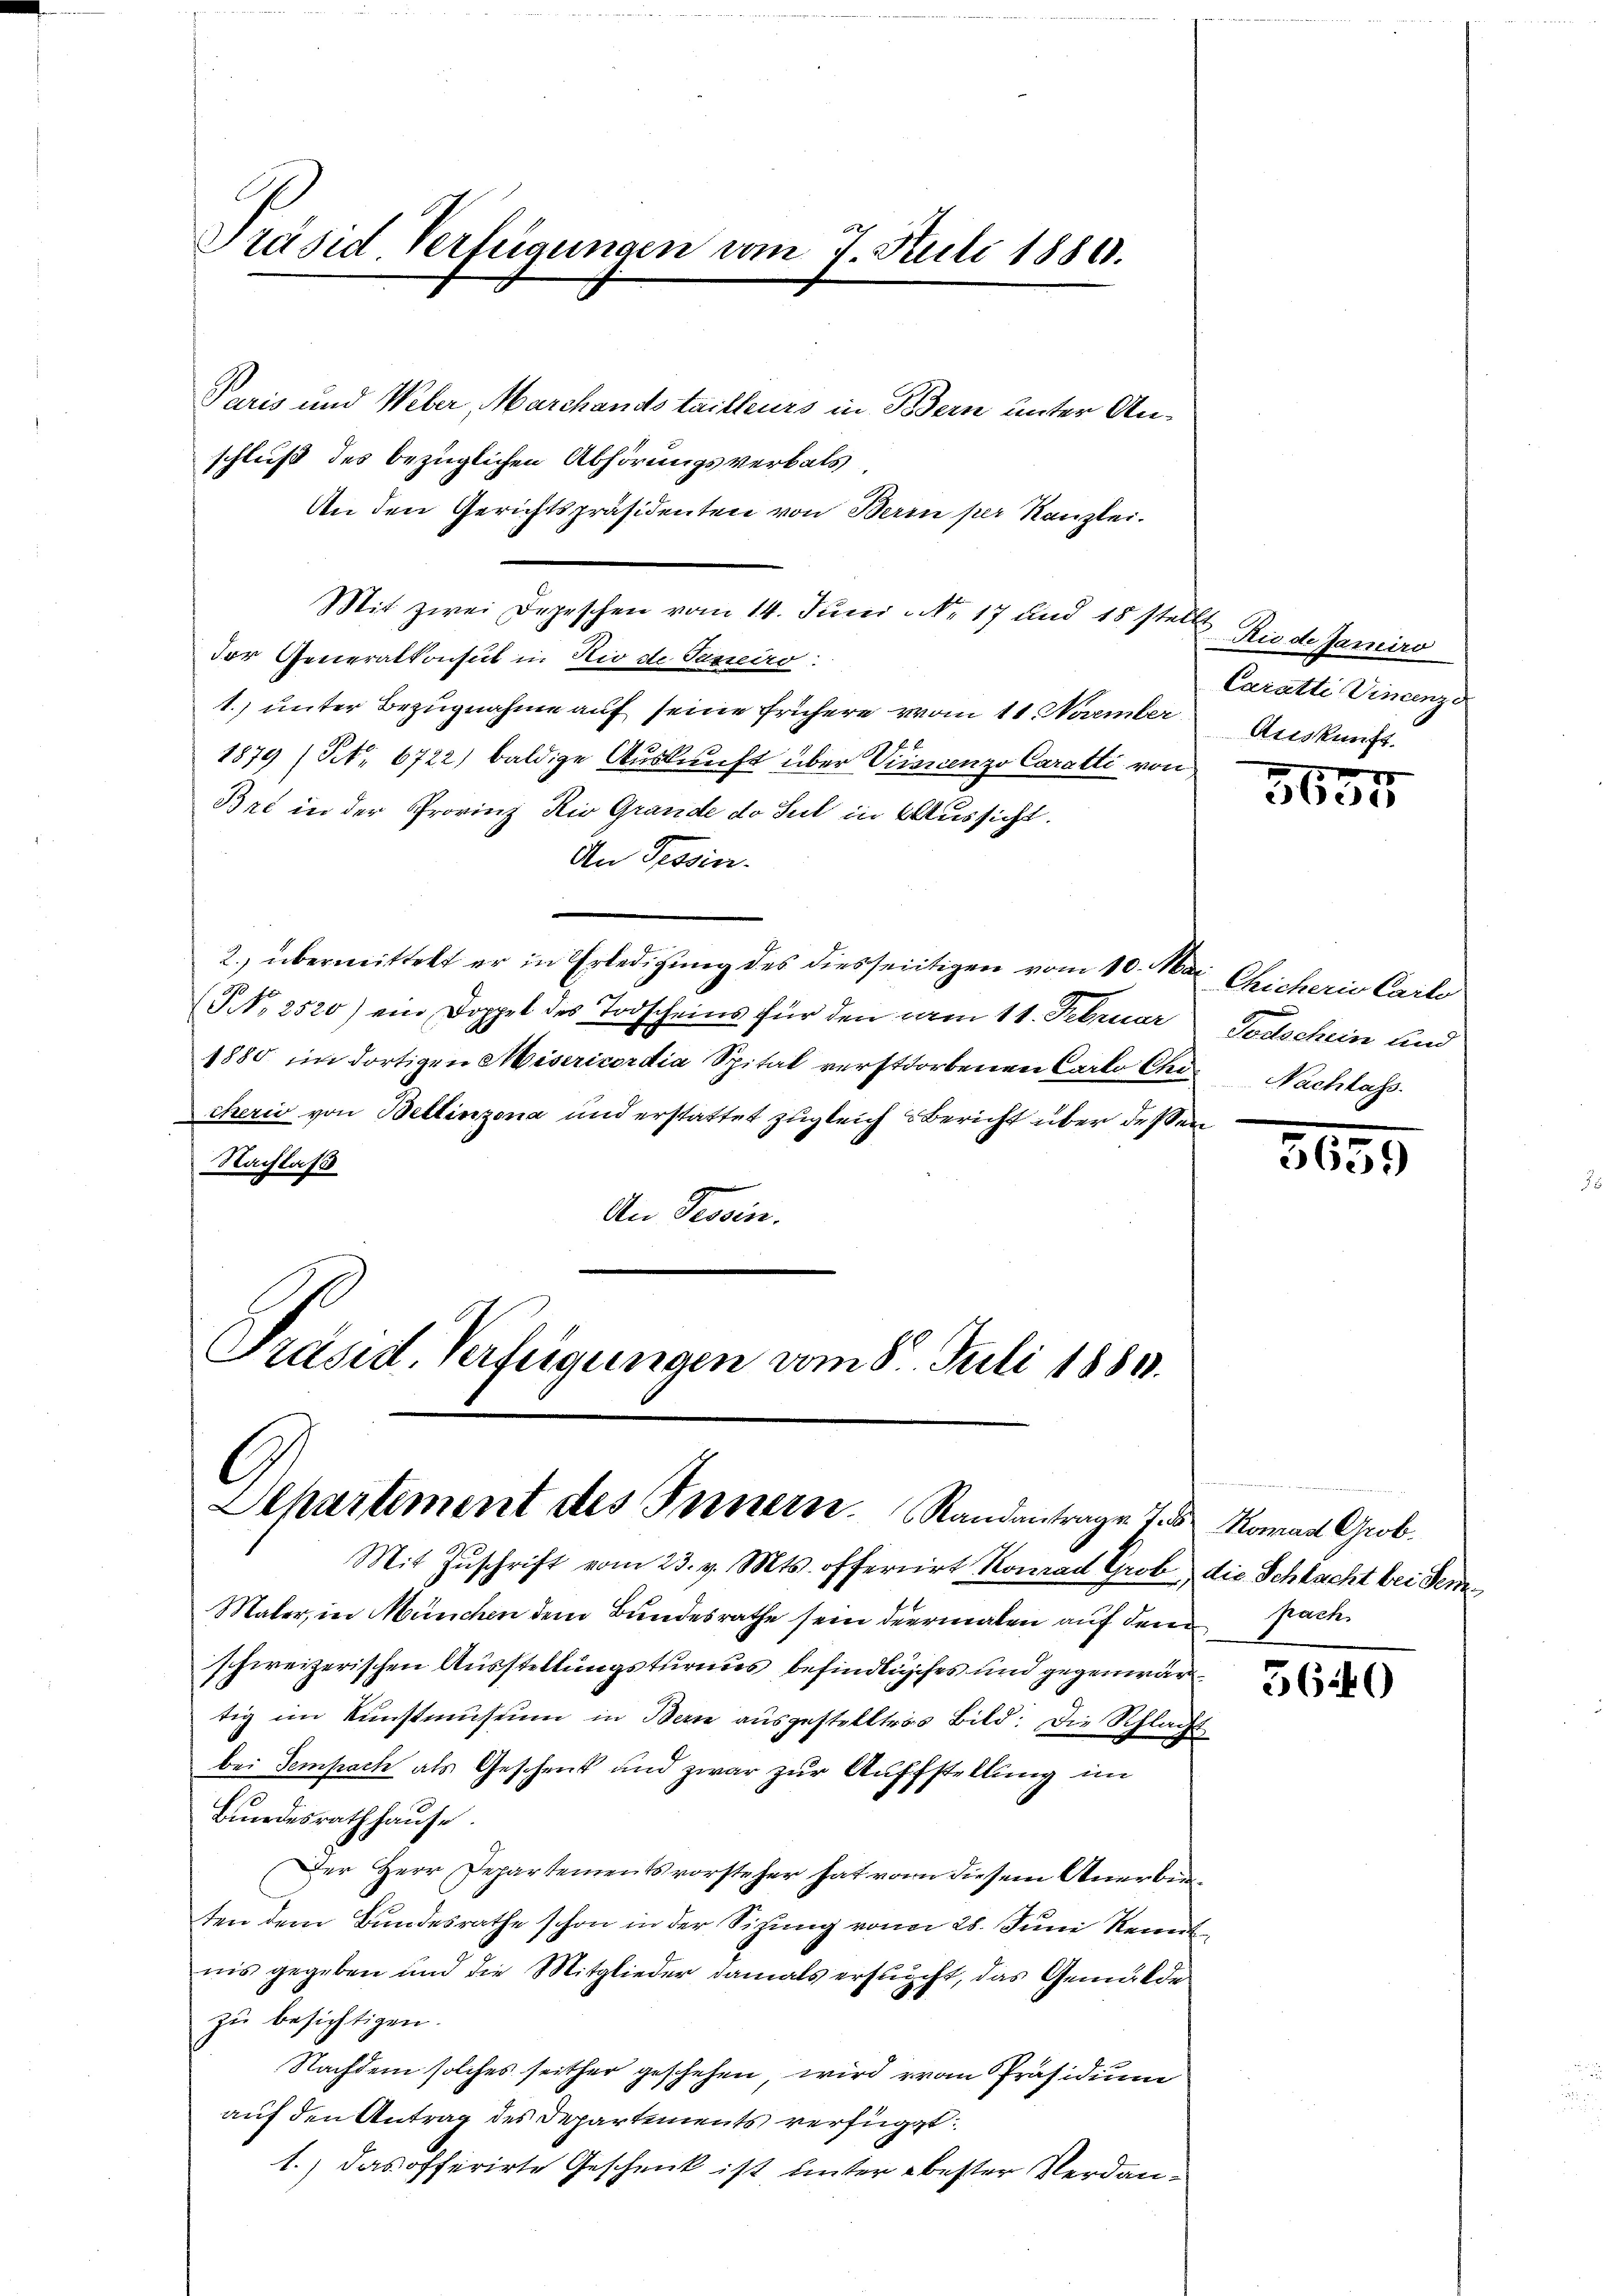
Präsid Verfügungen vom 7. Juli 1880.

Paris und Weber, Marchands tailleurs in Bern unter Anschluß des bezüglichen Abhörungsverbals,
An den Gerichtspräsidenten von Berin per Kanzlei.
Mit zwei Depeschen vom 14. Juni NNo. 17 und 15 stelle Riede Garniro
dor Generalkonsul in Rio de Taxeiro
1.) unter Bezugnahme auf seine frühere vom 11. Naember Auskunft
f 2
1879 (S. 6722) baldige Auskunft über Vicaricenzo Caratti von
Bat in der Provinz Kio Grande do sul in Aussicht.
An Tessin.
2.) übermittelt er in Erledigung des diesseitigen vom 10. Mai Chicheris Carlo
(NN. 2520) ein Doppel des Todscheins für den am 11. Februar
1880 im dortigen Misericordia Spital verstorbenen Carlo Chi Nachlass
cherii von Bellinzona und erstattet zugleich Bericht über deßen
Nachlaß
An Tessin.
Präsid. Verfügungen vom 8. Juli 1880.

Departement des Innern. Standantrage des Kanad Grob.
Mit Zŭschrift vom 23. v. Mts. offerirt Konrad Grob die Schlacht bei dem¬

Maler, in München dem Bundesrathe sein dermalen auf dem pach
schweizerischen Ausstellungsturnus befindlichises und gegenwär
tig im Kunstmuseum in Bern ausgestelltes Bild: Die Schlacht
bei Sempach als Geschenk und zwar zur Auffstellung im
Bundesrath hause.
Der Herr Departementsvorsteher hat von diesem Anerbinten dem Bundesrathe schon in der Sitzung von 28. Juni Renntnis gegeben und die Mitglieder damals ersucht, das Gemälde
zu besichtigen.
Nachdem solches seither geschehen, wird von Präsidium
auf den Antrag des Departements verfügt:
1.) das offerirte Geschenk ist unter bester Verdan¬

Caratti Vincenze

g
5650

Todschein und

3655

3640